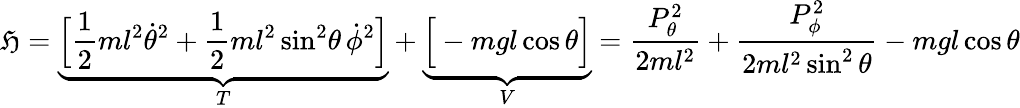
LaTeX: \mathfrak{H}=\underbrace{{{\Big[}{\frac{{1}}{{2}}}ml^{2}{\dot{{\theta}}}^{2}+{\frac{{1}}{{2}}}ml^{2}\sin^{2}\! \theta\, {\dot{{\phi}}}^{2}{\Big]}}}_{T}+\underbrace{{{\Big[}-mgl\cos\theta{\Big]}}}_{V}={\frac{{P_{\theta}^{2}}}{{2ml^{2}}}}+{\frac{{P_{\phi}^{2}}}{{2ml^{2}\sin^{2}\theta}}}-mgl\cos\theta